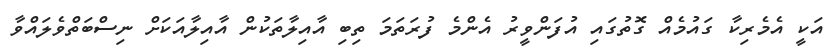
އަކީ އެމެރިކާ ގައުމެއް ގޮތުގައި އުފަންވީރު އެންމެ ފުރަތަމަ ތިބި އާއިލާތަކުން އާއިލާއަކަށް ނިސްބަތްވެލައްވާ